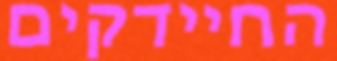
החיידקים